Scottish Leaving Certificate Examination, 1955
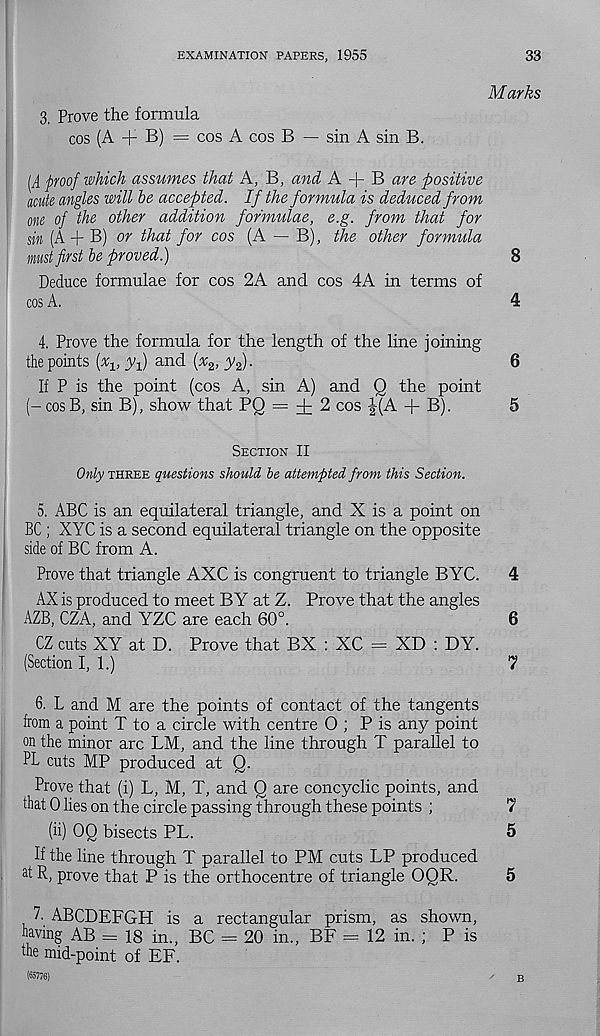
EXAMINATION PAPERS, 1955
33
3. Prove the formula
cos (A + B) = cos A cos B — sin A sin B.
Marks
[A proof which assumes that A, B, and A + B are positive
acute angles will be accepted. If the formula is deduced from
one of the other addition formulae, e.g. from that for
sin (A + B) or that for cos (A — B), the other formula
must first be proved.)
8
Deduce formulae for cos 2A and cos 4A in terms of
cos A.
4
4. Prove the formula for the length of the line joining
the points (^1 ; yf and (x 2 , yf).
6
If P is the point (cos A, sin A) and Q the point
(- cos B, sin B), show that PQ = + 2 cos J(A + B).
5
Section II
Only three questions should be attempted from this Section.
5. ABC is an equilateral triangle, and X is a point on
BC ; XYC is a second equilateral triangle on the opposite
side of BC from A.
Prove that triangle AXC is congruent to triangle BYC.
4
AX is produced to meet BY at Z. Prove that the angles
AZB, CZA, and YZC are each 60°.
6
CZ cuts XY at D. Prove that BX : XC = XD : DY.
(Section I, 1.)
7
6. L and M are the points of contact of the tangents
from a point T to a circle with centre O ; P is any point
on the minor arc LM, and the line through T parallel to
PL cuts MP produced at Q.
Prove that (i) L, M, T, and Q are concyclic points, and
that 0 lies on the circle passing through these points ;
7
(ii) OQ bisects PL.
5
If the line through T parallel to PM cuts LP produced
a t R, prove that P is the orthocentre of triangle OQR.
5
7. ABCDEFGH is a rectangular prism, as shown,
having AB = 18 in., BC = 20 in., BF = 12 in. ; P is
the mid-point of EF.
(65776)
B